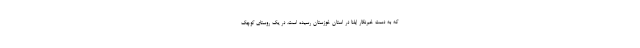
که به دست خبرنگار ایلنا در استان خوزستان رسیده است، در یک روستای کوچک